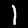
Digit: 1